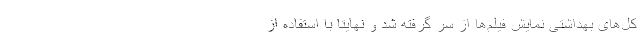
کل‌های بهداشتی نمایش فیلم‌ها از سر گرفته شد و نهایتا با استفاده از